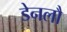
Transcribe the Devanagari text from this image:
डेनलौ